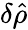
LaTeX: \delta\hat{\rho}